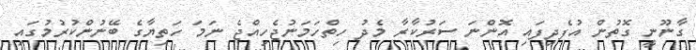
ގާނޫނީ ގޮތުން އުފެދިފައި އޮންނަ ސަރުކާރާ މެދު ހިތްހަމަނުޖެހިއްޖެ ނަމަ ހަތިޔާގެ ބޭނުންކުރުމުގައި